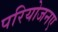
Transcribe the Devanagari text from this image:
परियोजनए